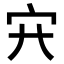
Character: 𡦿